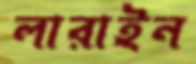
লারাইন